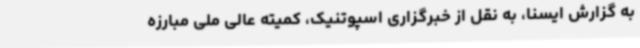
به گزارش ایسنا، به نقل از خبرگزاری اسپوتنیک، کمیته عالی ملی مبارزه